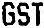
GST